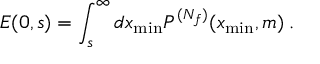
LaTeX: E ( 0 , s ) = \int _ { s } ^ { \infty } d x _ { \mathrm { m i n } } P ^ { ( N _ { f } ) } ( x _ { \mathrm { m i n } } , m ) \: .